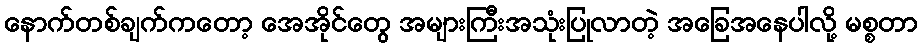
နောက်တစ်ချက်ကတော့ အေအိုင်တွေ အများကြီးအသုံးပြုလာတဲ့ အခြေအနေပါလို့ မစ္စတာ